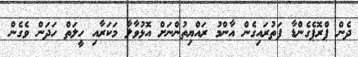
ދެން ޕްރޮޕެގެންޑާ ފަތުރައިގެން އާންމު ރައްޔިތުންނަށް އޮޅުވާލާ މަކަރާއި ހީލަތް ހަދަން ވެގެން